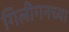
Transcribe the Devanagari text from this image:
गिलीगनच्या